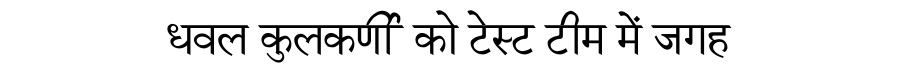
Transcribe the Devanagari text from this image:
धवल कुलकर्णी को टेस्ट टीम में जगह